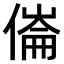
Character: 𠍓